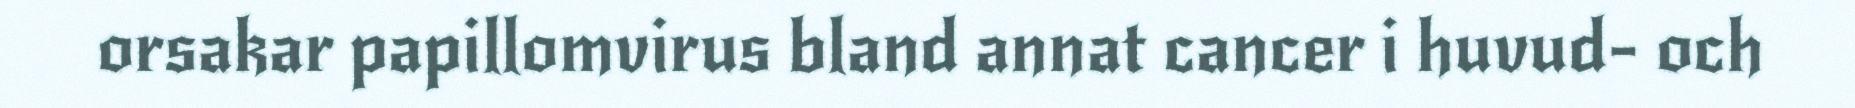
orsakar papillomvirus bland annat cancer i huvud- och